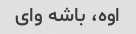
اوه، باشه وای